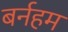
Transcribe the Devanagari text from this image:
बर्नहम